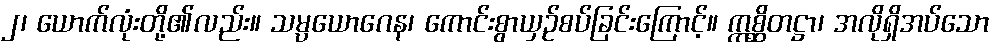
၂၊ ယောက်လုံးတို့၏လည်း။ သမ္ပယောဂေန၊ ကောင်းစွာယှဉ်စပ်ခြင်းကြောင့်။ ဣစ္ဆိတဋ္ဌာ၊ အလိုရှိအပ်သော